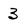
Character: 3